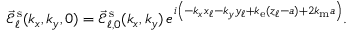
\begin{array} { r } { \vec { \mathcal { E } } _ { \ell } ^ { \mathrm { \, s } } ( k _ { x } , k _ { y } , 0 ) = \vec { \mathcal { E } } _ { \ell , 0 } ^ { \mathrm { \, s } } ( k _ { x } , k _ { y } ) \, e ^ { i \left( - k _ { x } x _ { \ell } - k _ { y } y _ { \ell } + k _ { \mathrm { e } } ( z _ { \ell } - a ) + 2 k _ { \mathrm { m } } a \vphantom { b ^ { 2 } } \right) } . } \end{array}